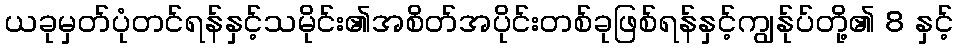
ယခုမှတ်ပုံတင်ရန်နှင့်သမိုင်း၏အစိတ်အပိုင်းတစ်ခုဖြစ်ရန်နှင့်ကျွန်ုပ်တို့၏ 8 နှင့်